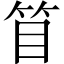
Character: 𥬥